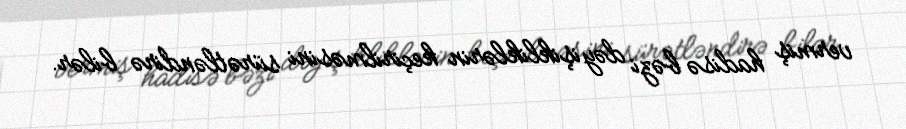
vermiş hadisə bəzi dəyişikliklərin keçirilməsini sürətləndirə bilər.